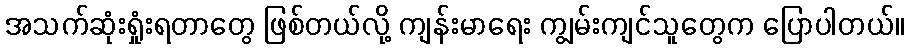
အသက်ဆုံးရှုံးရတာတွေ ဖြစ်တယ်လို့ ကျန်းမာရေး ကျွမ်းကျင်သူတွေက ပြောပါတယ်။